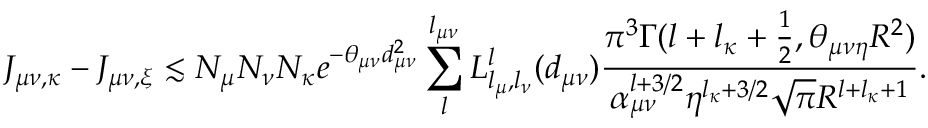
J _ { \mu \nu , \kappa } - J _ { \mu \nu , \xi } \lesssim N _ { \mu } N _ { \nu } N _ { \kappa } e ^ { - \theta _ { \mu \nu } d _ { \mu \nu } ^ { 2 } } \sum _ { l } ^ { l _ { \mu \nu } } L _ { l _ { \mu } , l _ { \nu } } ^ { l } ( d _ { \mu \nu } ) \frac { \pi ^ { 3 } \Gamma ( l + l _ { \kappa } + \frac { 1 } { 2 } , \theta _ { \mu \nu \eta } R ^ { 2 } ) } { \alpha _ { \mu \nu } ^ { l + 3 / 2 } \eta ^ { l _ { \kappa } + 3 / 2 } \sqrt { \pi } R ^ { l + l _ { \kappa } + 1 } } .